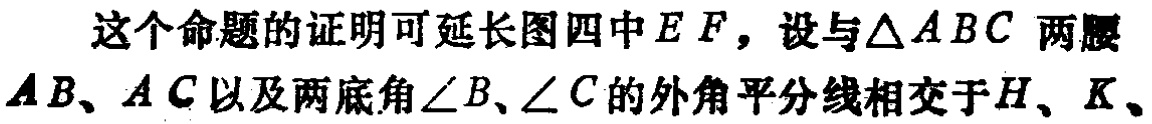
这个命题的证明可延长图四中\(EF\)，设与\(\triangle ABC\) 两腰\(AB、AC\)以及两底角\(\angle B、\angle C\)的外角平分线相交于\(H、K、\)